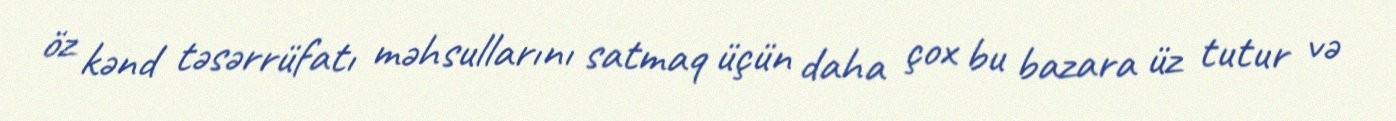
öz kənd təsərrüfatı məhsullarını satmaq üçün daha çox bu bazara üz tutur və